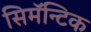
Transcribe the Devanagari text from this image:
सिमॅन्टिक